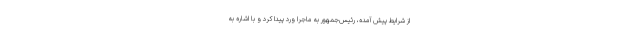
از شرایط پیش آمده، رئیس‌جمهور به ماجرا ورد پیدا کرد و با اشاره به